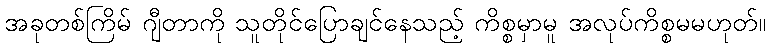
အခုတစ်ကြိမ် ဂျီတာကို သူတိုင်ပြောချင်နေသည့် ကိစ္စမှာမူ အလုပ်ကိစ္စမမဟုတ်။